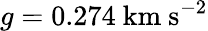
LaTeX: g=0.274\ \mathrm{km\ s^{-2}}